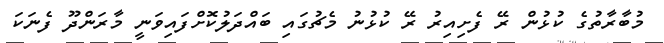
މުބާރާތުގެ ކުޅުން ރޭ ފެށިއިރު ރޭ ކުޅުނު މެޗުގައި ބައްދަލުކޮށްފައިވަނީ މާރަންދޫ ފެނަކަ